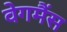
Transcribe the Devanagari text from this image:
वेगमैंस